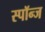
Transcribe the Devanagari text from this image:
स्पॉन्ज